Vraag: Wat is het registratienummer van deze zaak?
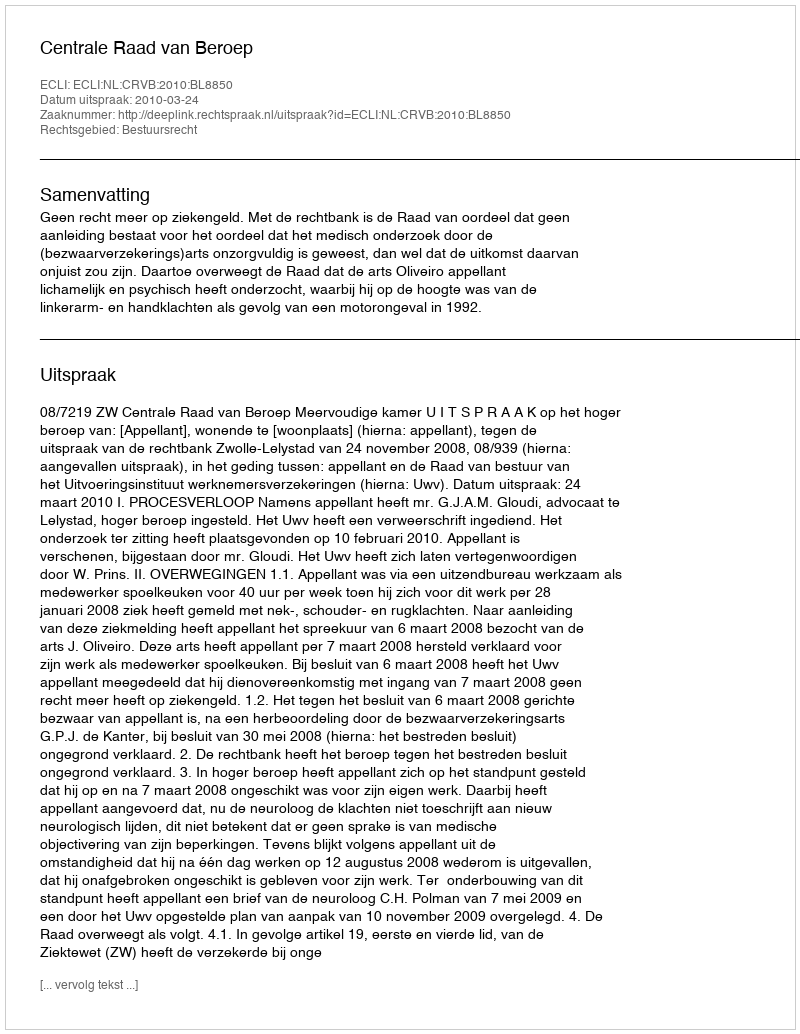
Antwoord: http://deeplink.rechtspraak.nl/uitspraak?id=ECLI:NL:CRVB:2010:BL8850